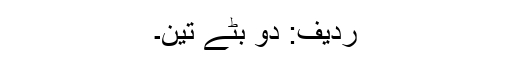
ردیف: دو بٹے تین۔